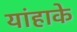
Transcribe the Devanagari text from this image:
यांहाके